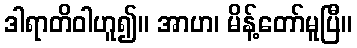
ဒါရာတိဝါဟူ၍။ အာဟ၊ မိန့်တော်မူပြီ။